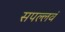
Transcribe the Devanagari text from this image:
सपल्लवं